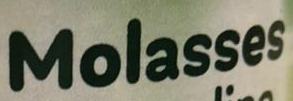
Molasses